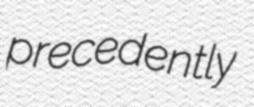
precedently